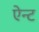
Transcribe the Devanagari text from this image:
ऐन्ट